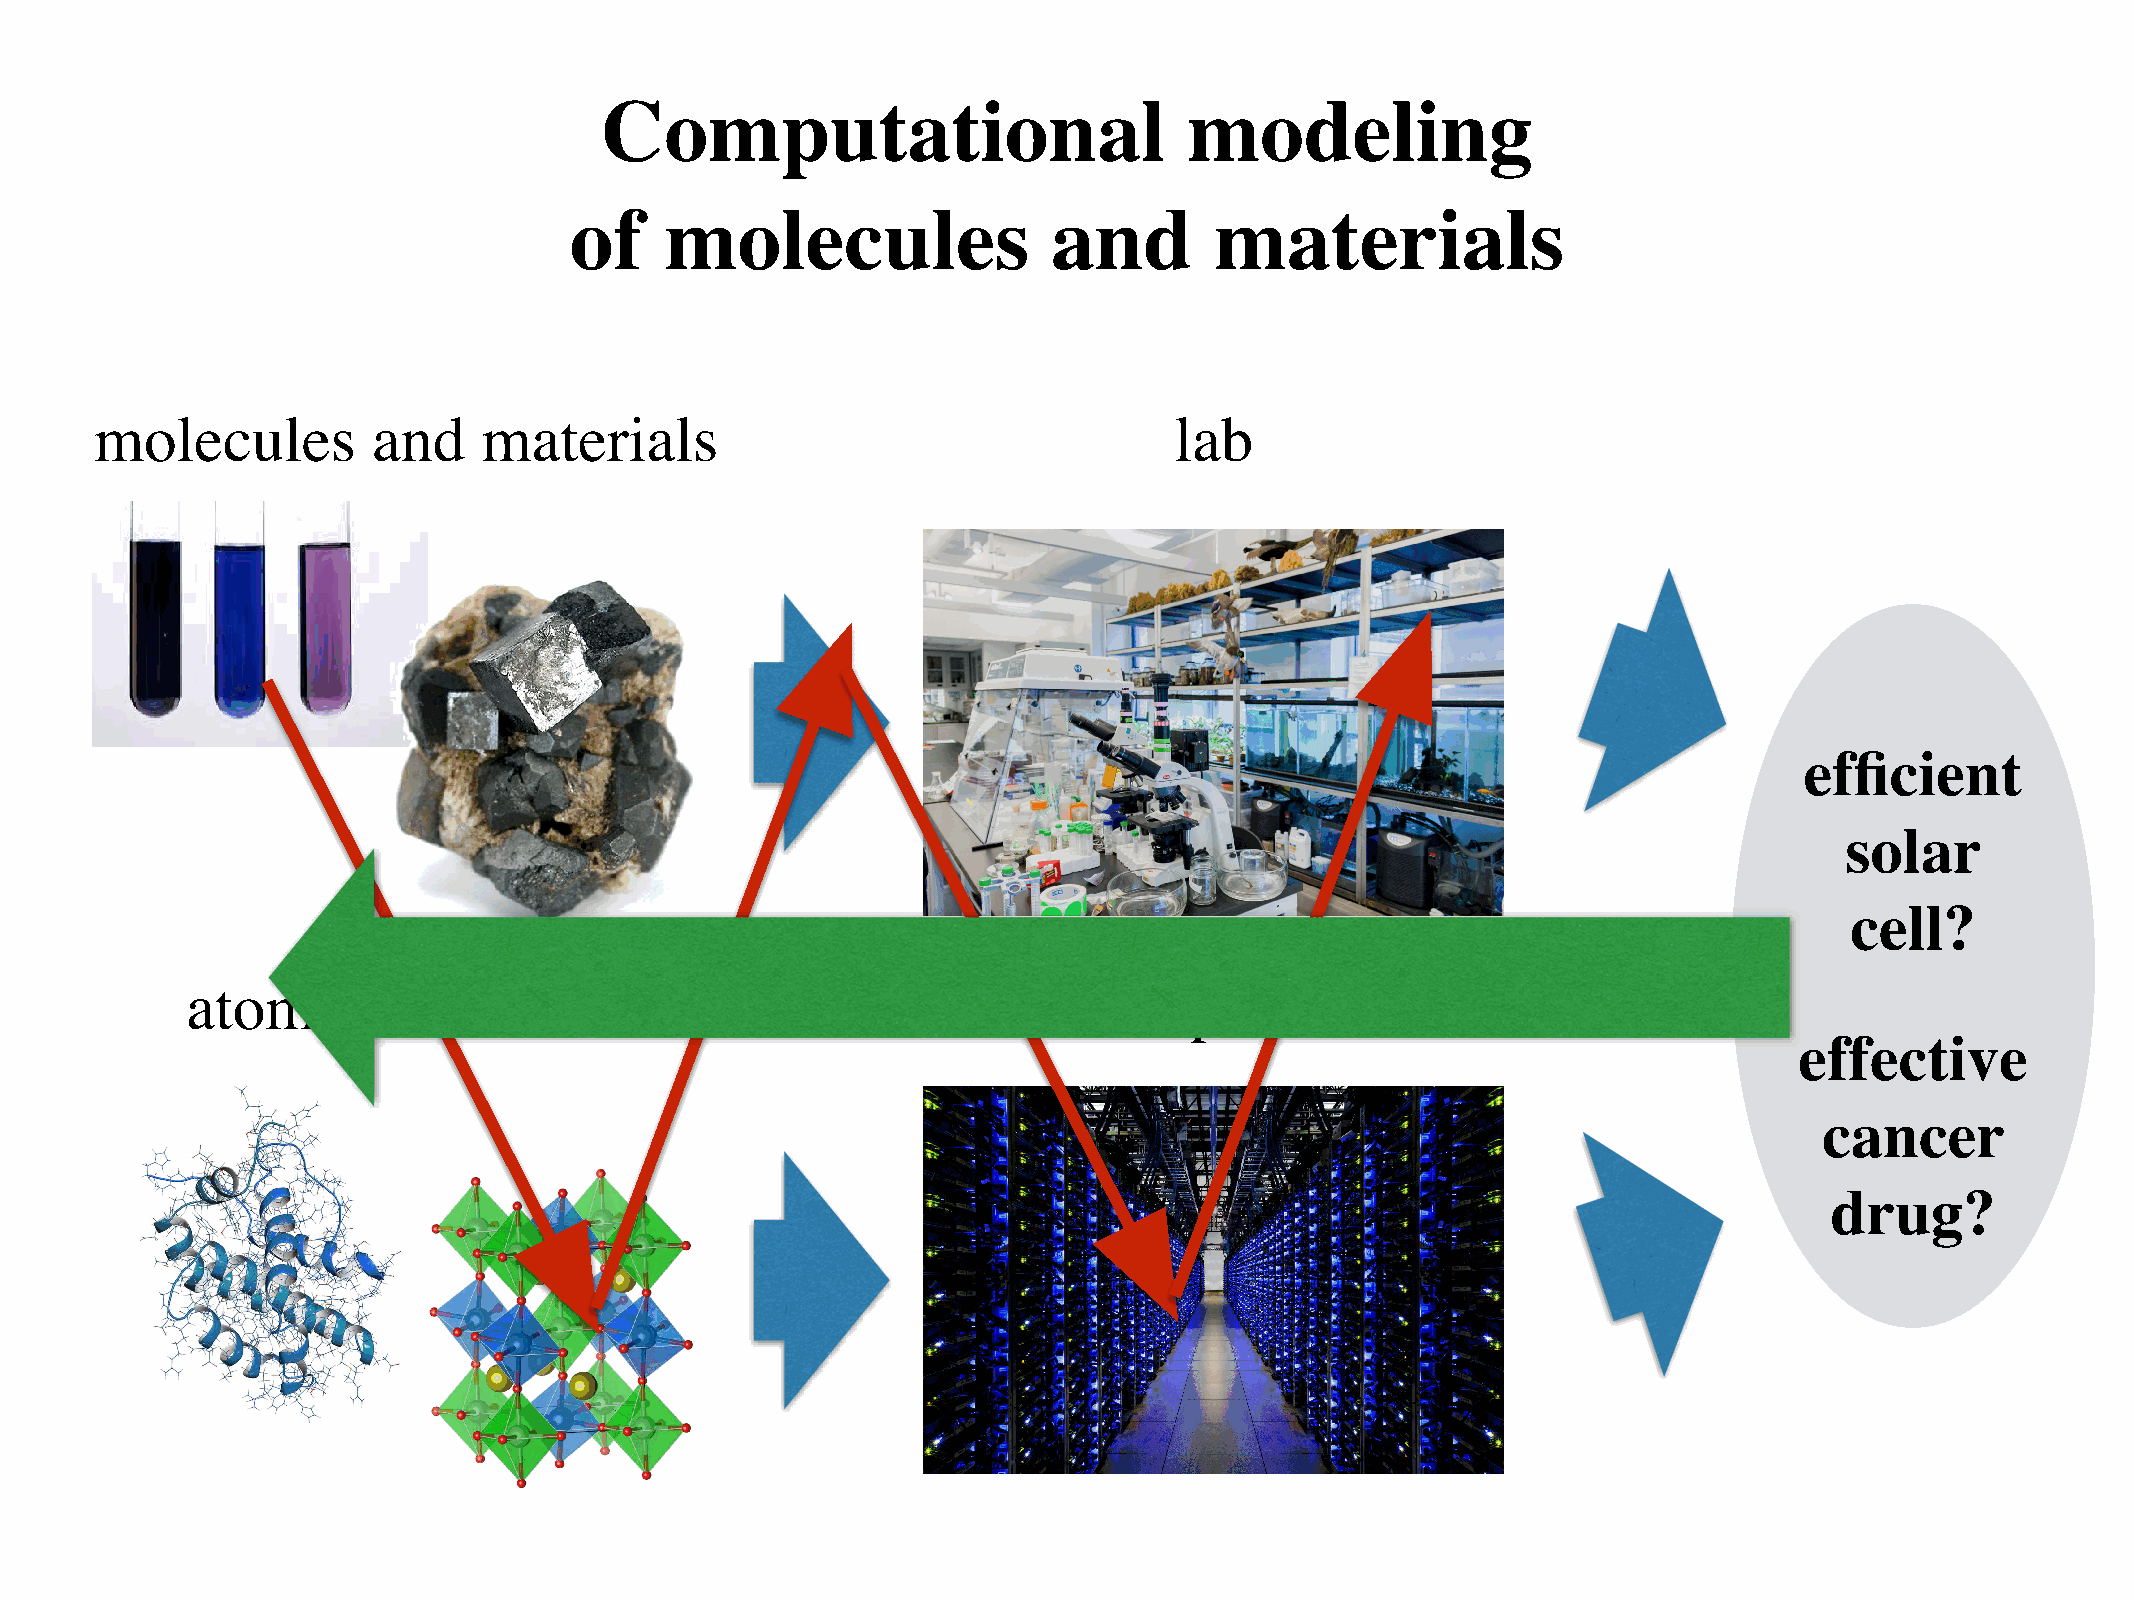
Computational                          modeling
 of    molecules                 and       materials
 molecules          and    materials                                     lab
 efficient
 solar
 cell?
 atomistic        models                                    computers
 effective
 cancer
 drug?